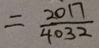
= \frac { 2 0 1 7 } { 4 0 3 2 }